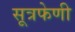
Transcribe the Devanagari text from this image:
सूत्रफेणी